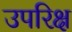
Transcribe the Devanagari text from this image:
उपरिक्ष